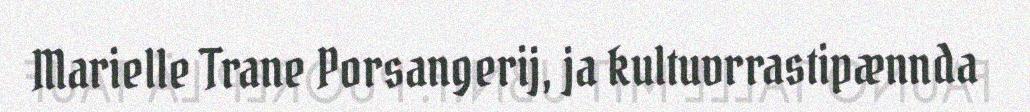
Marielle Trane Porsangerij, ja kultuvrrastipænnda